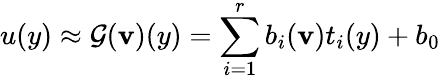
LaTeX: u(y)\approx\mathcal{G}(\textbf{v})(y)=\sum_{i=1}^{r}b_{i}(\textbf{v})t_{i}(y)+b_{0}